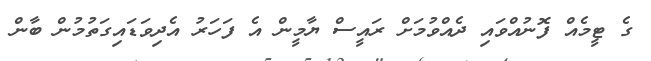
ގެ ޓީމެއް ފޮނުއްވައި ދެއްވުމަށް ރައީސް ޔާމީން އެ ފަހަރު އެދިވަޑައިގަތުމުން ބާން